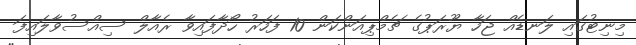
މިނިޓުގައި ލަނޑެއް ޖަހާ ޔޫރަޕުގެ ޗެމްޕިއަންކަން 10 ފަހަރު ހޯދާފައިވާ ރެއާލް ސިއްސުވާލައިފަ